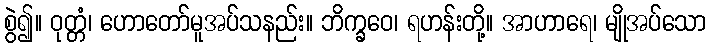
စွဲ၍။ ဝုတ္တံ၊ ဟောတော်မူအပ်သနည်း။ ဘိက္ခဝေ၊ ရဟန်းတို့။ အာဟာရေ၊ မျိုအပ်သော